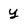
Character: y